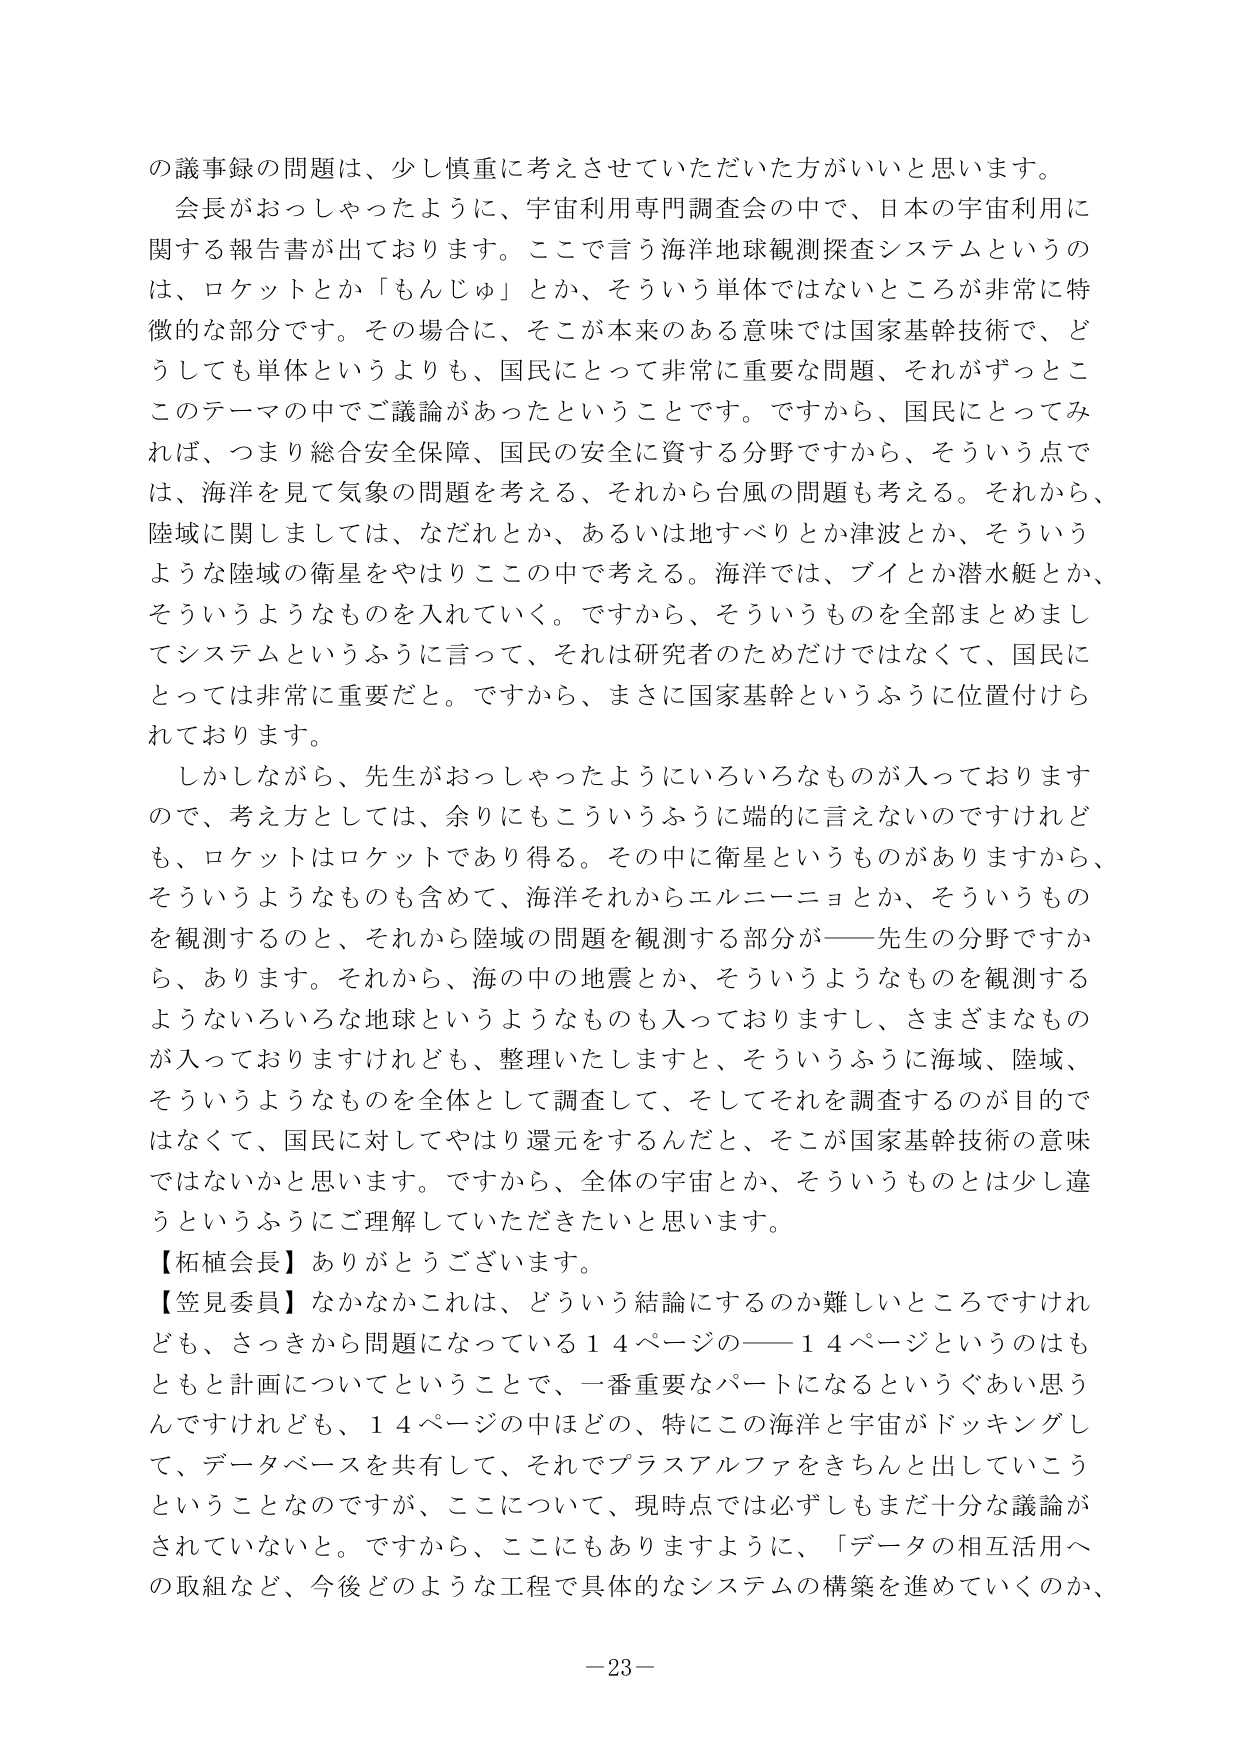
の議事録の問題は、少し慎重に考えさせていただいた方がいいと思います。
会長がおっしゃったように、宇宙利用専門調査会の中で、日本の宇宙利用に関する報告書が出ております。ここで言う海洋地球観測探査システムというのは、ロケットとか「もんじゅ」とか、そういう単体ではないところが非常に特徴的な部分です。その場合に、そこが本来のある意味では国家基幹技術で、どうしても単体というよりも、国民にとって非常に重要な問題、それがずっとこのテーマの中でご議論があったということです。ですから、国民にとってみれば、つまり総合安全保障、国民の安全に資する分野ですから、そういう点では、海洋を見て気象の問題を考える、それから台風の問題も考える。それから、陸域に関しましては、なだれとか、あるいは地すべりとか津波とか、そういうような陸域の衛星をやはりこの中で考える。海洋では、ブイとか潜水艇とか、そういうようなものを入れていく。ですから、そういうものを全部まとめましてシステムというふうに言って、それは研究者のためだけではなくて、国民にとっては非常に重要だと。ですから、まさに国家基幹というふうに位置付けられております。
しかしながら、先生がおっしゃったようにいろいろなものが入っておりますので、考え方としては、余りにもこういうふうに端的に言えないのですけれども、ロケットはロケットであり得る。その中に衛星というものがありますから、そういうようなものも含めて、海洋それからエルニーニョとか、そういうものを観測するのと、それから陸域の問題を観測する部分が――先生の分野ですから、あります。それから、海の中の地震とか、そういうようなものを観測するようないろいろな地球というようなものも入っておりますし、さまざまなものが入っておりますけれども、整理いたしますと、そういうふうに海域、陸域、そういうようなものを全体として調査して、そしてそれを調査するのが目的ではなくて、国民に対してやはり還元をするんだと、そこが国家基幹技術の意味ではないかと思います。ですから、全体の宇宙とか、そういうものとは少し違うというふうにご理解していただきたいと思います。
【柘植会長】ありがとうございます。
【笠見委員】なかなかこれは、どういう結論にするのか難しいところですけれども、さっきから問題になっている１４ページの――１４ページというのはもともと計画についてということで、一番重要なパートになるというぐらい思うんですけれども、１４ページの中ほどの、特にこの海洋と宇宙がドッキングして、データベースを共有して、それでプラスアルファをきちんと出していこうということなのですが、ここについて、現時点では必ずしもまだ十分な議論がされていないと。ですから、ここにもありますように、「データの相互活用への取組など、今後どのような工程で具体的なシステムの構築を進めていくのか、
－23－